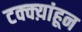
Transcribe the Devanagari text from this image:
टक्क्य़ांहून